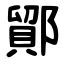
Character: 鄮